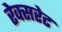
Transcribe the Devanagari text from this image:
रेक्सरेट